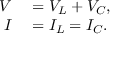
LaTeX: \begin{array} { r l } { V } & { { } = V _ { L } + V _ { C } , } \\ { I } & { { } = I _ { L } = I _ { C } . } \end{array}